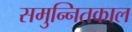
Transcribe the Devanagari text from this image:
समुन्नितकाल